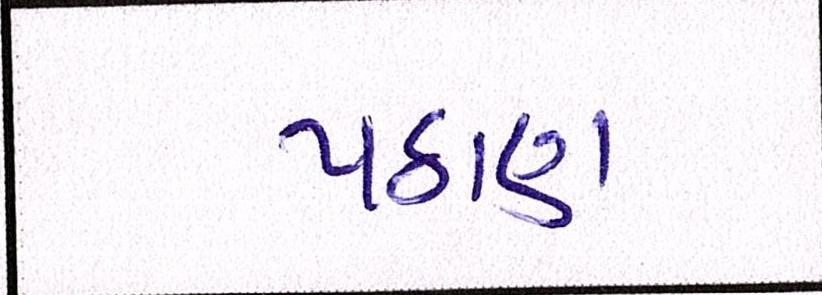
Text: પઠાણ